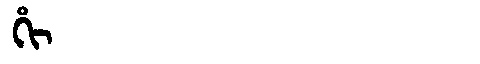
Manchu: ᡥᡳ
Romanization: HI